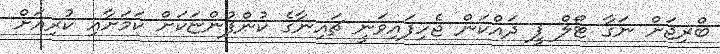
ބްރިޖަށް ނަގާ ޓޯލް ފީ ދައްކަން ޖެހިފައިވަނީ ޗައިނާގެ ކުންފުންޏަކަށް ކަމަށާއި ކުރިއަށް